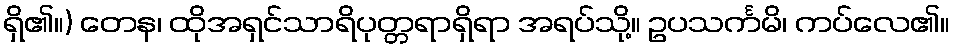
ရှိ၏။) တေန၊ ထိုအရှင်သာရိပုတ္တရာရှိရာ အရပ်သို့။ ဥပသင်္ကမိ၊ ကပ်လေ၏။